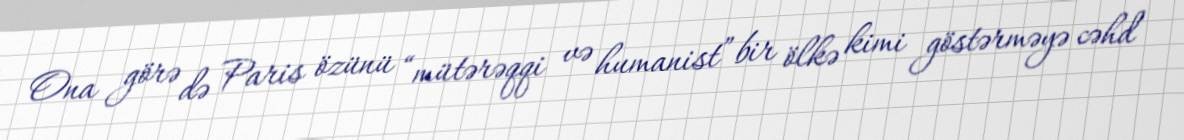
Ona görə də Paris özünü “mütərəqqi və humanist” bir ölkə kimi göstərməyə cəhd